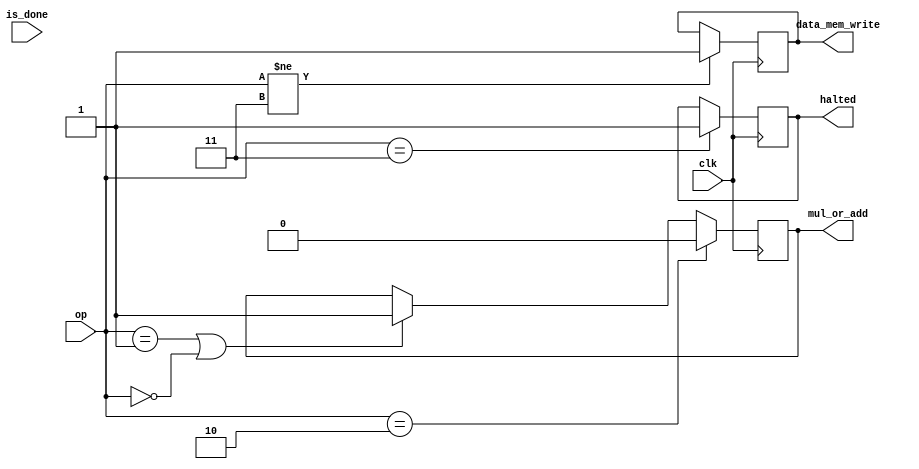
module CU(
input [1:0] op,
input clk,
input is_done,

output reg halted,
output reg data_mem_write,
output reg mul_or_add
);

always @(posedge clk) begin

    
    if(op != 3) begin
        data_mem_write = 1;
    end 
    
    if(op == 1 || op == 0) begin
        mul_or_add = 1;
    end

    if(op == 2) begin
        mul_or_add = 0;
    end

    if(op == 3)
     halted = 1;


end



endmodule